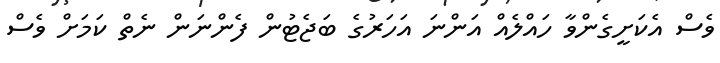
ވެސް އެކަށީގެންވާ ހައްލެއް އަންނަ އަހަރުގެ ބަޖެޓުން ފެންނަން ނެތް ކަމަށް ވެސް